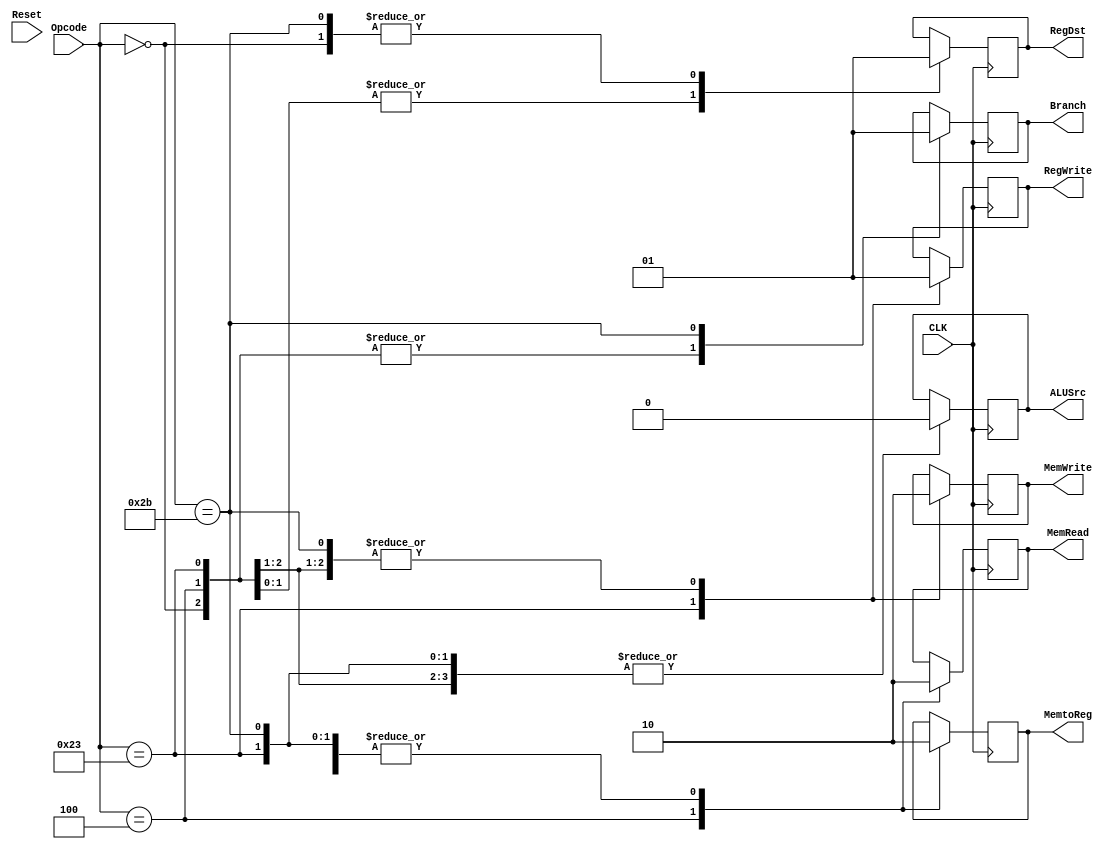
module MIPS_control_unit (ALUSrc,
                          MemtoReg,
                          RegDst,
                          RegWrite, 
                          MemRead,
                          MemWrite,
                          Branch,
                          Opcode,
                          CLK,
                          Reset
                          );
   
   output   ALUSrc;
   output   MemtoReg;
   output   RegDst;
   output   RegWrite;
   output   MemRead;
   output   MemWrite;
   output   Branch;
   
   input [5:0] Opcode;
   input       CLK;
   input       Reset;
   
   reg         ALUSrc;
   reg         MemtoReg;
   reg         RegDst;
   reg         RegWrite;
   reg         MemRead;
   reg         MemWrite;
   reg         Branch;
   
   
   always @ (posedge CLK)
     begin      
        $display("The opcode is %d", Opcode);
        case (Opcode)
          0:
            begin
               $display("R-type");
               ALUSrc = 0;
               MemtoReg = 0;
               RegDst = 1;
               RegWrite = 1;
               MemRead = 0;
               MemWrite = 0;
               Branch = 0;
            end
          4:
            begin
					//Set the controls here
				   $display("lw");
               ALUSrc = 0;
               MemtoReg = 1;
               RegDst = 0;
               RegWrite = 1;
               MemRead = 1;
               MemWrite = 0;
               Branch = 0;
            end
          35:
            begin
					//Set the controls here
               $display("sw");
               ALUSrc = 0;
               MemtoReg = 0;
               RegDst = 0;
               RegWrite = 0;
               MemRead = 0;
               MemWrite = 1;
               Branch = 0;
            end
          43:
            begin 
					//Set the controls here
               $display("beq");
               ALUSrc = 0;
               MemtoReg = 0;
               RegDst = 1;
               RegWrite = 1;
               MemRead = 0;
               MemWrite = 0;
               Branch = 1;
            end
          default:
            begin 
               $display(" Wrong Opcode %d ", Opcode);  
            end
        endcase 
        
     end
endmodule